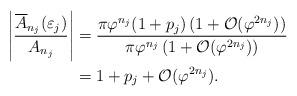
LaTeX: \begin{align*}\left|\frac{\overline{A}_{n_j}(\varepsilon_j)}{A_{n_j}} \right| &= \frac{\pi \varphi^{n_j}(1+p_j) \left( 1+\mathcal{O}(\varphi^{2n_j}) \right)}{\pi \varphi^{n_j}\left( 1+\mathcal{O}(\varphi^{2n_j}) \right)} \\&= 1+p_j + \mathcal{O}(\varphi^{2n_j}) .\end{align*}